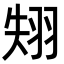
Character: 𦐝